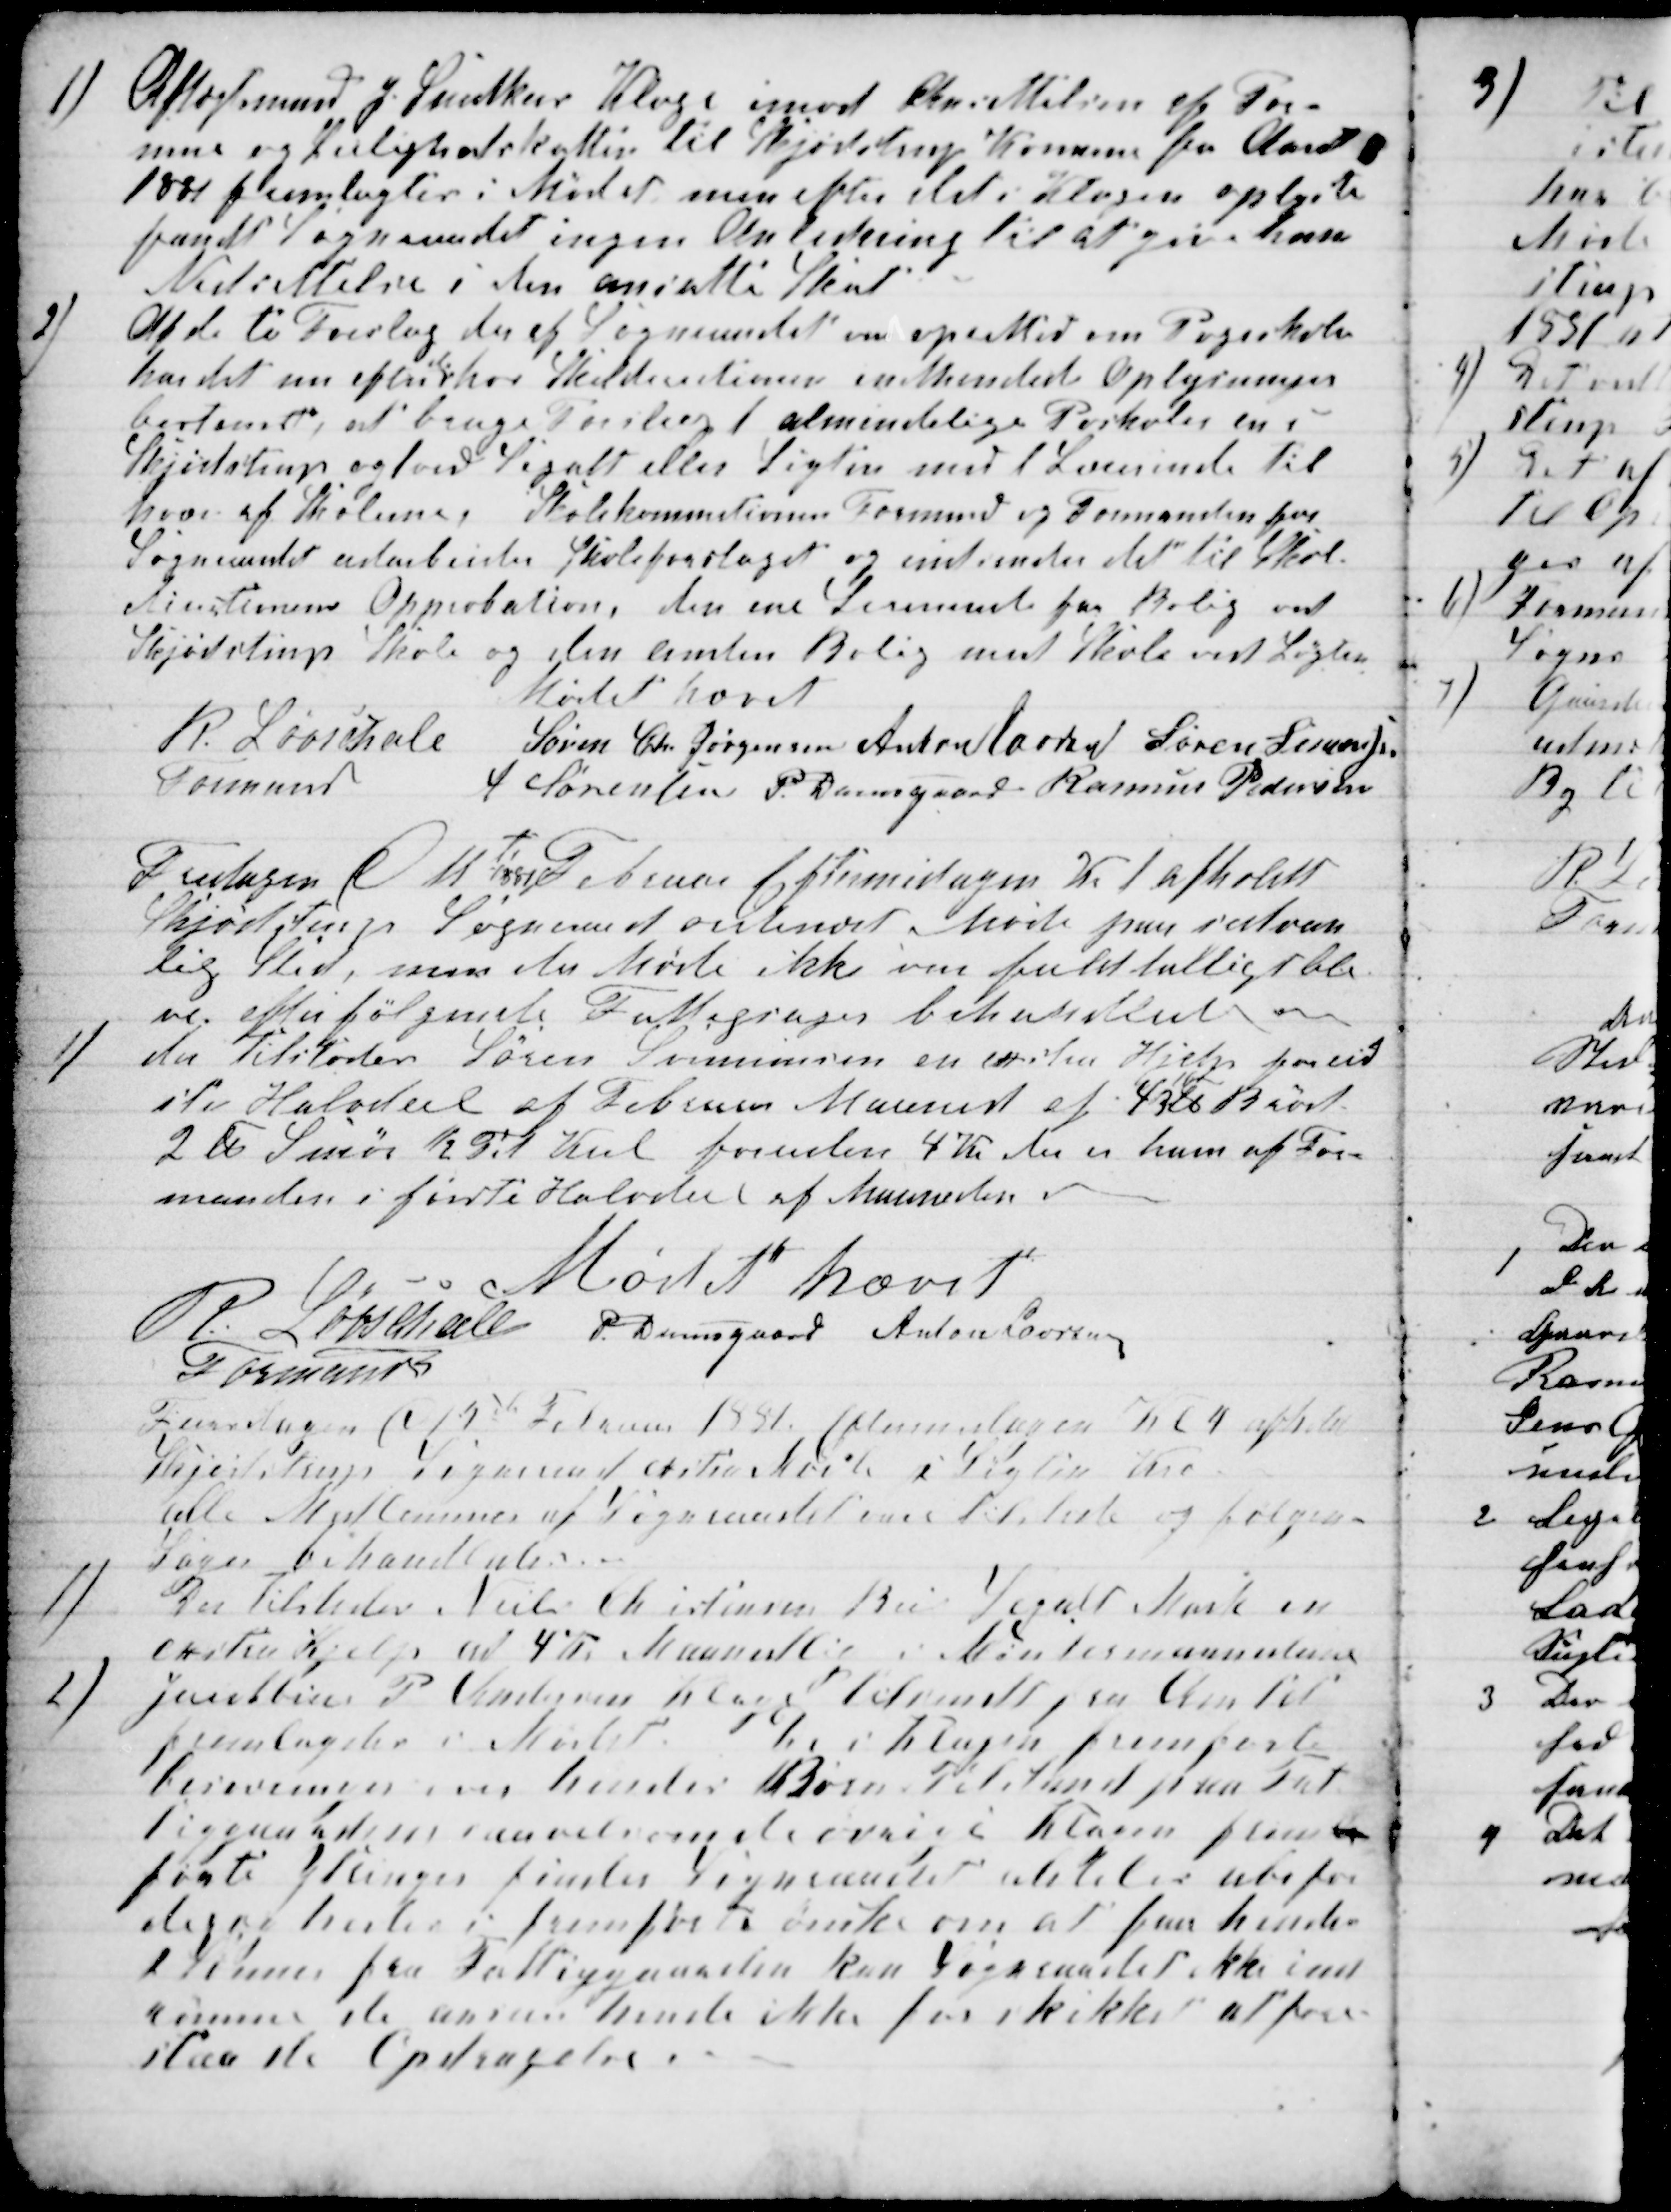
Transskription:
1)
Aftægtsmand J. Snedkers Klage imod Ansettelsen af For-
mue og Leilighedskatten til Skjødstrup Komune fra Aaret
1881 fremlagtes i Mødet men efter det i Klagen oplyste
fandt Sogneraadet ingen Anledning til at give ham
Nedsettelse i den ansatte Skat
2)
Af de ti Forslag der af Sogneraadet vare oprettet om Pogeskole
har det nu efter
de
har Skoldirectionen indhentede Oplysninger
bestemt, at bruge Forslag 1 almindelige Poskole en i
Skjødstrup og 1 ved Segalt eller Løgten med 1 Lærerinde til
hver af Skolerne. Skolekommitionens Formand og Formanden for
Sogneraadet udarbeider Skoleforslaget og indsender det til Skol-
directionens Approbation, den ene Lærerinde faar Bolig ved
Skjødstrup Skole og den anden Bolig med Skole ved Løgten
Mødet hævet
R. Løvschall
Formand
Søren Chr Jørgensen Anton Laursen Søren Simonsen
A Sørensen P. Damsgaard Rasmus Pedersen
Fredagen d 11 
te
1881 Februar Eftermidagen Kl 1 afholdt
Skjødstrup Sogneraad ordinært Møde paa sedvan
lig Sted, men da Møde ikke var fuldtalligt ble
ve, efterfølgende Fattigsager behandlet
1)
der Tilstodes Søren Simmonsen en exstra Hjelp for sid
ste Halvdeel af Februar Maaned af 4B℔ Brød
2℔ Smør ½ Td Kul foruden 4 Kr. der er ham af For-
manden i første Halvdeel af Maaneden
Mødet hævet
R Løvschall
Formand
P. Damsgaard Anton Laursen
Tiirsdagen d 15de Februar 1881 Eftermidagen Kl 4 afholdt
Skødstrup Sogneraad exstra Møde i Løgten Kro
alle Medlemmer af Sognraadet vare tilstede og følgen-
Sager behandledes.
1)
Der tilstodes Niels Chistensen Beir Segalt Mark en
exstra Hjelp ad 4 Kr Maanedlig i Vintermaanederne
2)
Jacobine P. Andersen Klage tilsendt fra Amtet
fremlagdes i Mødet.
De i Klagen fremførte
besveringer over hendes Børns Tilstand paa Fat
tiggaarden saavel som de øvrig i Klagen frem-
førte Klager finder Sognraadet at det er ubefor
degne hendes fremførte ønske om at faa hendes
2 Sønner fra Fattiggaarden kan Sognraadet ikke ind
rømme de anser hende ikke for skikket at fore-
staa de Opdragelse.